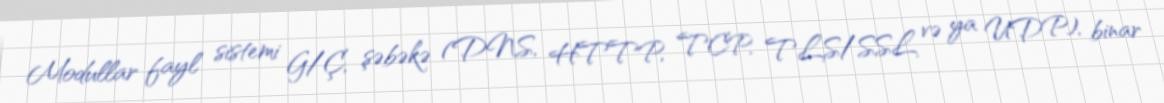
Modullar fayl sistemi G/Ç, şəbəkə (DNS, HTTP, TCP, TLS/SSL və ya UDP), binar